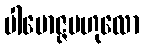
ပါမောဇ္ဇဗဟုလော